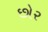
છોર